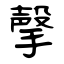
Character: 撀